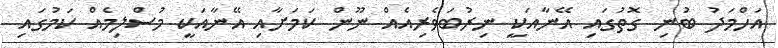
އަހްމަދު ބުނި ގޮތުގައި އޭނާއަކީ ނިރުބަވެރިއެއް ނޫން ކަމަށާއި އޭނާއަކީ މުސްލިމެއް ކަމުގައި